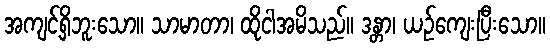
အကျင့်ရှိဘူးသော။ သာမာတာ၊ ထိုငါအမိသည်။ ဒန္တာ၊ ယဉ်ကျေးပြီးသော။